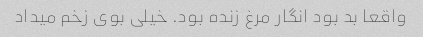
واقعا بد بود انگار مرغ زنده بود. خیلی بوی زخم میداد